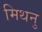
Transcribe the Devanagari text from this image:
मिथनु